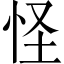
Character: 怪